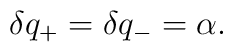
\delta q_+=\delta q_-=\alpha .